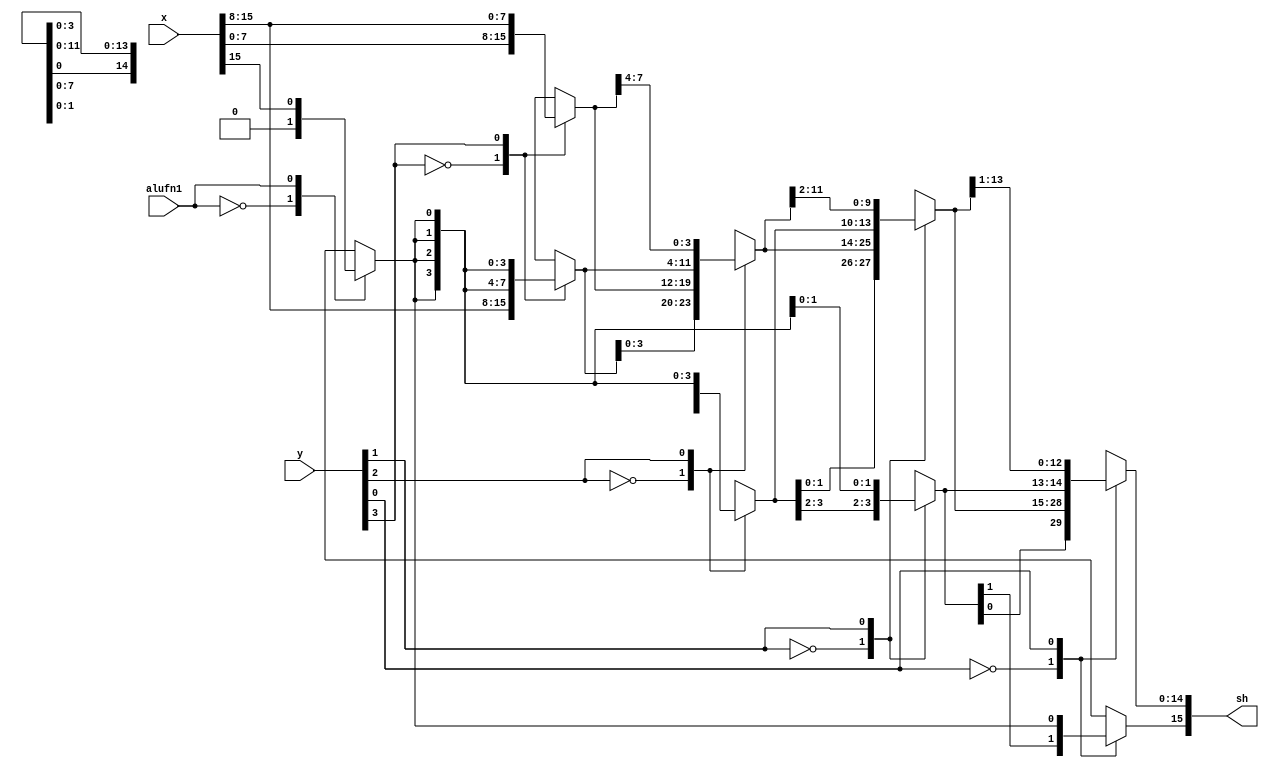
module shiftright16_24 (
    input [15:0] x,
    input [3:0] y,
    input alufn1,
    output reg [15:0] sh
  );
  
  
  
  reg [15:0] a;
  reg [15:0] b;
  reg [15:0] c;
  
  reg se;
  
  always @* begin
    
    case (alufn1)
      1'h0: begin
        se = 1'h0;
      end
      1'h1: begin
        se = x[15+0-:1];
      end
      default: begin
        se = 1'h0;
      end
    endcase
    
    case (y[3+0-:1])
      1'h0: begin
        a = x;
      end
      1'h1: begin
        a[0+7-:8] = x[8+7-:8];
        a[8+7-:8] = {4'h8{se}};
      end
      default: begin
        a = x;
      end
    endcase
    
    case (y[2+0-:1])
      1'h0: begin
        b = a;
      end
      1'h1: begin
        b[0+11-:12] = a[4+11-:12];
        b[12+3-:4] = {3'h4{se}};
      end
      default: begin
        b = a;
      end
    endcase
    
    case (y[1+0-:1])
      1'h0: begin
        c = b;
      end
      1'h1: begin
        c[0+13-:14] = b[2+13-:14];
        c[14+1-:2] = {2'h2{se}};
      end
      default: begin
        c = b;
      end
    endcase
    
    case (y[0+0-:1])
      1'h0: begin
        sh = c;
      end
      1'h1: begin
        sh[0+14-:15] = c[1+14-:15];
        sh[15+0-:1] = se;
      end
      default: begin
        sh = c;
      end
    endcase
  end
endmodule